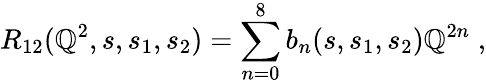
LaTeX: R_{12}(\mathbb{Q}^{2},s,s_{1},s_{2})=\sum_{n=0}^{8}b_{n}(s,s_{1},s_{2})\mathbb{Q}^{2n}\; ,